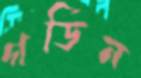
গর্ডিন